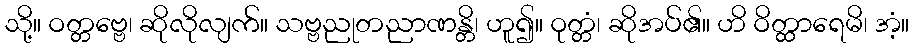
သို့။ ဝတ္တဗ္ဗေ၊ ဆိုလိုလျက်။ သဗ္ဗညုတညာဏန္တိ၊ ဟူ၍။ ဝုတ္တံ၊ ဆိုအပ်၏။ ဟိ ဝိတ္ထာရေမိ၊ အံ့။